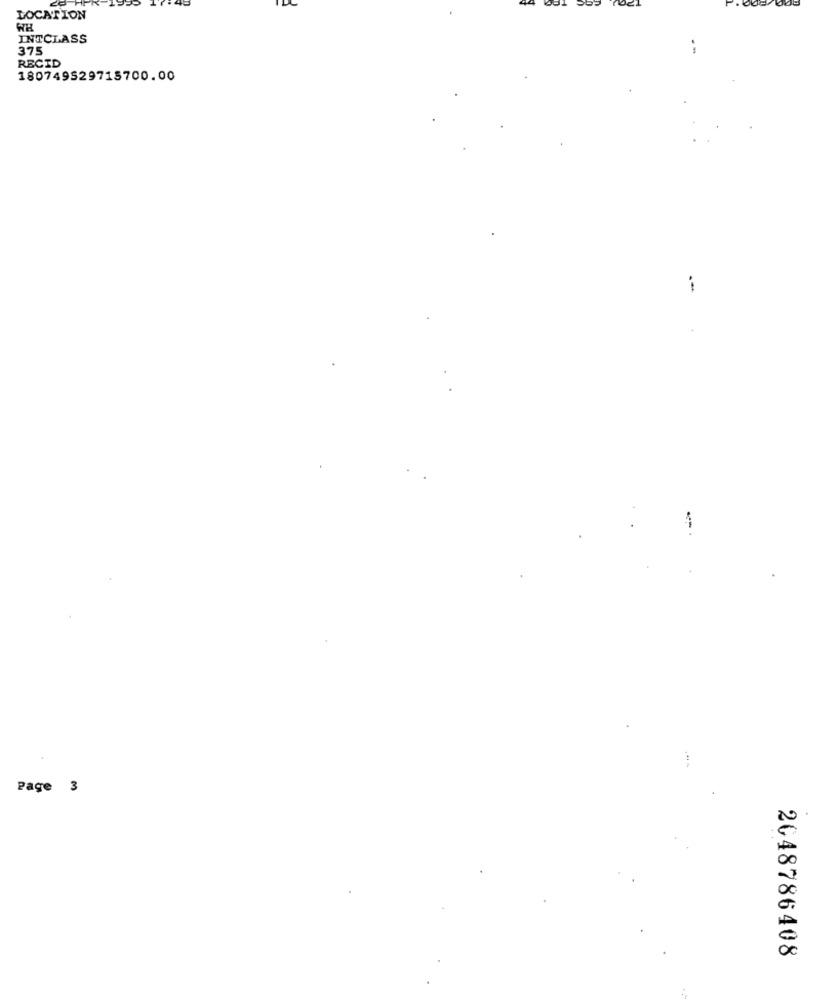
LOCATION
INTCLASS
375
RECID
180749529715700.00
Page 3
2048786408